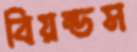
বিয়ন্ডস